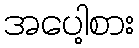
အပေါ့စား